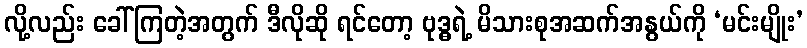
လို့လည်း ခေါ်ကြတဲ့အတွက် ဒီလိုဆို ရင်တော့ ဗုဒ္ဓရဲ့ မိသားစုအဆက်အနွယ်ကို ‘မင်းမျိုး’